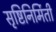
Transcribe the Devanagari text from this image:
सृष्टिनिर्मिती